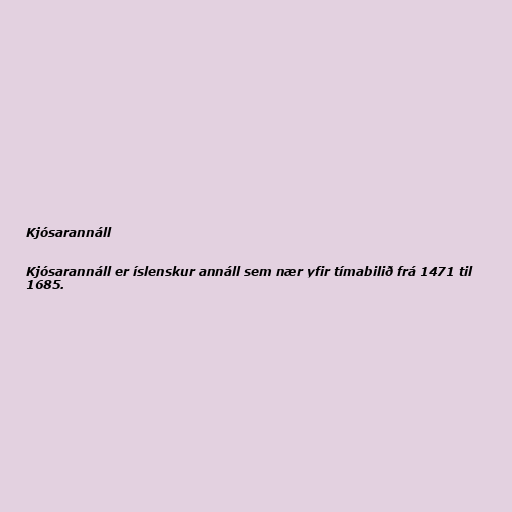
Kjósarannáll

Kjósarannáll er íslenskur annáll sem nær yfir tímabilið frá 1471 til
1685.